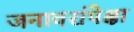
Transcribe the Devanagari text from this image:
जनावरांपेक्षा